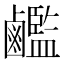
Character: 𪊇